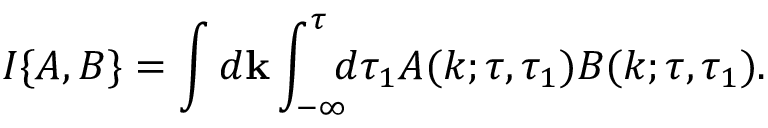
I \{ { A , B } \} = \int d { \bf { k } } \int _ { - \infty } ^ { \tau } \! \! \! d \tau _ { 1 } A ( k ; \tau , \tau _ { 1 } ) B ( k ; \tau , \tau _ { 1 } ) .